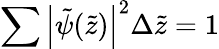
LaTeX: \sum\left|\tilde{\psi}(\tilde{z})\right|^{2}\Delta\tilde{z}=1